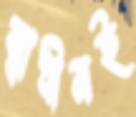
স্বাধীনই